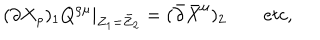
( \partial X _ { \rho } ) _ { 1 } Q ^ { \rho \mu } | _ { Z _ { 1 } = \bar { Z } _ { 2 } } = ( \bar { \partial } \bar { X } ^ { \mu } ) _ { 2 } \qquad e t c ,